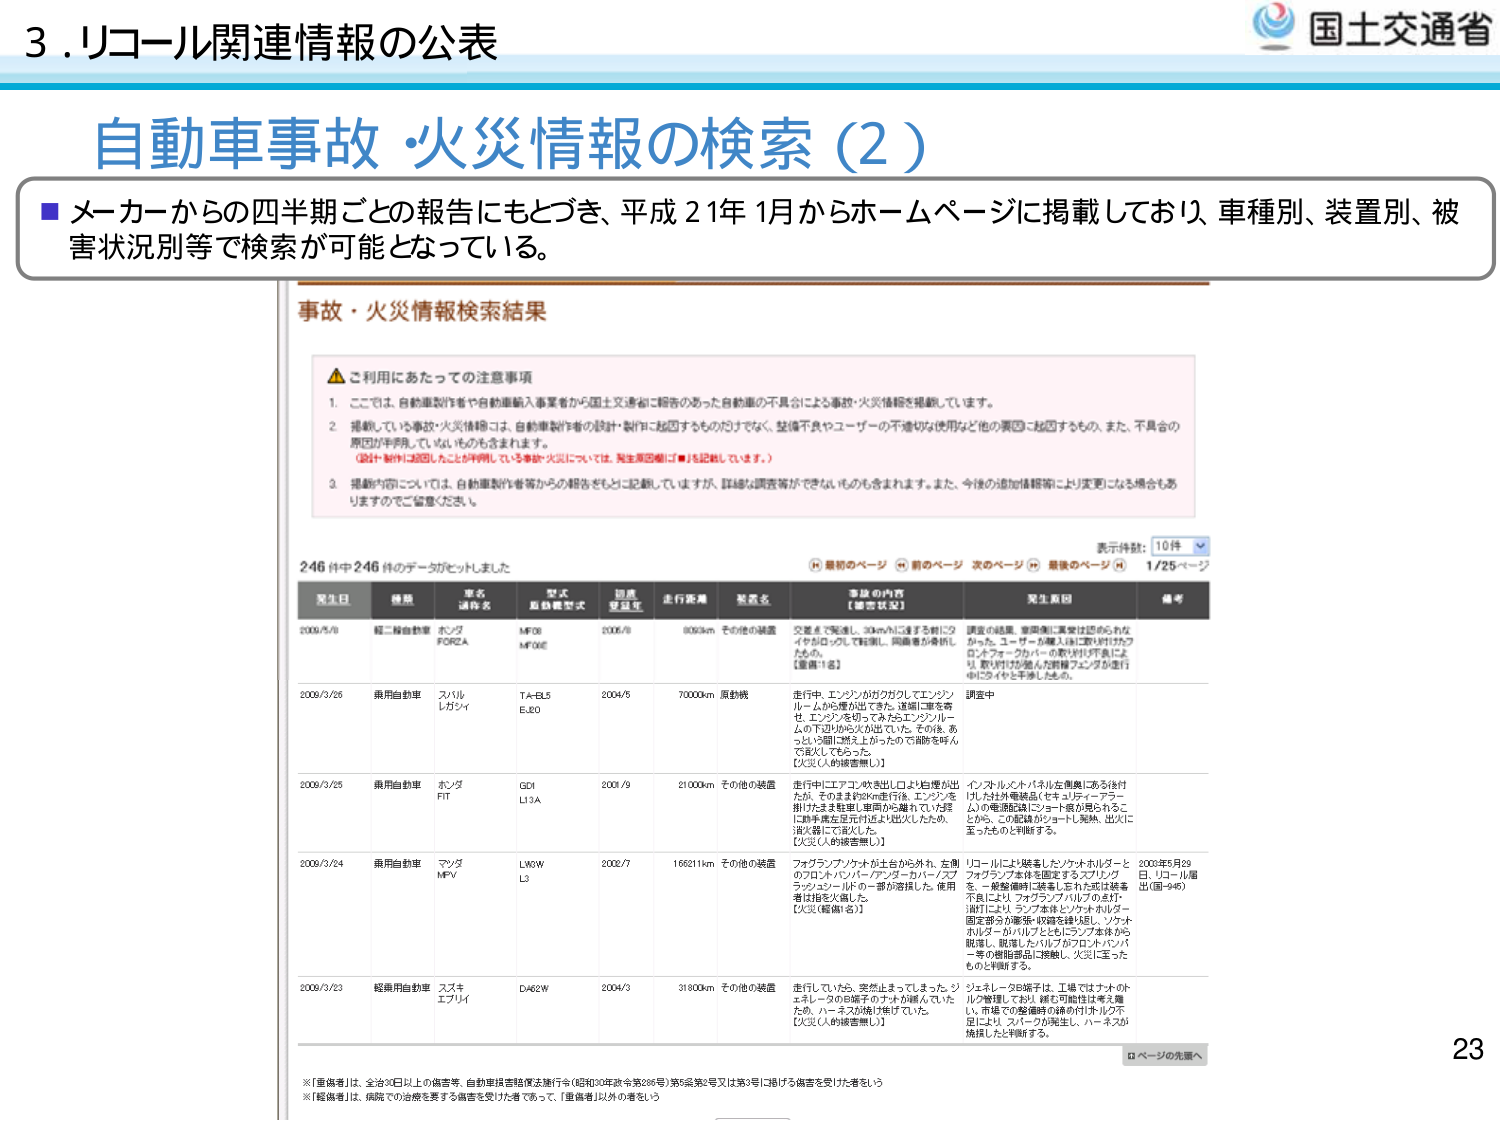
3. リコール関連情報の公表
国土交通省

自動車事故・火災情報の検索（2）

■ メーカーからの四半期ごとの報告にもとづき、平成21年1月からホームページに掲載しており、車種別、装置別、被害状況別等で検索が可能となっている。

事故・火災情報検索結果

⚠ ご利用にあたっての注意事項
1. ここでは、自動車製作者や自動車輸入事業者から国土交通省に報告のあった自動車の不具合による事故・火災情報を掲載しています。
2. 掲載している事故・火災情報は、自動車製作者の設計・製作に起因するものだけでなく、整備不良やユーザーの不適切な使用など他の原因に起因するものも含み、また、不具合の原因が判明していないものも含まれます。
（設計・製作に起因したことが判明している事故・火災については、発生原因欄に「■」を記載しています。）
3. 掲載内容については、自動車製作者等からの報告をもとに記載していますが、詳細な調査等ができないものも含まれます。また、今後の追加情報等により変更になる場合もありますのでご留意ください。

246件中246件のデータがヒットしました
表示件数：10件
最初のページ ← 前のページ 次のページ → 最後のページ 1/25ページ

| 発生日 | 種類 | 車名 | 型式 | 初度 | 走行距離 | 装置名 | 事故の内容（事故状況） | 発生原因 | 備考 |
|---------|------|------|------|------|----------|--------|------------------------|----------|------|
| 2009/5/8 | 軽二輪自動車 | ホンダ FORZA | MF08 MF08E | 2006/6 | 6093km | その他の装置 | 交差点で発進し、30km/hに達する前にクラッチロッカーで転倒し、同乗者が骨折したため。【重傷・1名】 | 調査の結果、変速機に異常は認められなかった。ユーザーが購入後に取り付けたクラッチフォークバーの取り付け不良により、取り付けが強力な前輪ブレーキが進行中に引きずって干渉したため。 | |
| 2009/3/26 | 乗用自動車 | スバル レガシィ | TA-BL5 EJ20 | 2004/5 | 70000km | 原動機 | 走行中、エンジンがカガクしてエンジンルームから煙が出てきた。速報に備え寄せ、エンジンを切ってみたがエンジンルームの下辺りから火が出ていた。その後、あっという間に消火したが、その間、乗客が火災に気づいた。【火災（人的被害無し）】 | 調査中 | |
| 2009/3/25 | 乗用自動車 | ホンダ FIT | GD1 L13A | 2008/9 | 21000km | その他の装置 | 走行中にエアコン吹き出し口より白煙が出たが、そのまま約20km走行後、エンジンを掛けたまま駐車し車両から離れていた際にお車の発生を元の住人より届けられたため、消火器にて消火した。【火災（人的被害無し）】 | インフォルメットパネル左側奥にある後付けした社外電装品（セキュリティーアラーム）の電源配線にショート痕が見られることが、この配線がショートし発熱、出火に至ったものと判断する。 | |
| 2009/3/24 | 乗用自動車 | マツダ MPV | LW3W L3 | 2002/7 | 166211km | その他の装置 | フォグランプ/ソケットが土台から外れ、左側のフロントバンパー/アンダーパーツ/スプリングコントロールの一部が溶接した。使用者は指を火傷した。【火災（軽傷1名）】 | リコールにより装着したソケットホルダーとフォグランプ本体を固定するスプリングを、一般整備時に装着したが、不具合によりフォグランプ/ソケットの点灯/消灯により、ランプ本体とソケットホルダー固定部分が摩擦・収縮を繰り返し、ソケットホルダーがハリブとヒビレング本体から脱落し、脱落したバルブがフロントバンパー等の樹脂部品に接触し、火災に至ったものと判断する。 | 2003年5月29日、リコール届出（届-945） |
| 2009/3/23 | 軽乗用自動車 | スズキ エブリイ | DA62W | 2004/3 | 31800km | その他の装置 | 走行していたら、突然止まってしまった。シエレレータの回路子のチップが壊れていたため、ハーネスが加熱/焦げていた。【火災（人的被害無し）】 | シエレレータ回路子は、工場ではナットのトルク管理しており、緩む可能性は考え難い。市場での整備時の納品付きトルク不足により、スパークが発生し、ハーネスが焼損したと判断する。 | |

※「重傷者」は、全治30日以上の傷害者、自動車損害賠償法施行令（昭和30年政令第286号）第6条第2号又は第3号に掲げる傷害を受けた者をいう
※「軽傷者」は、病院での治療を要する傷害を受けた者であって、「重傷者」以外の者をいう

ページの先頭へ
23